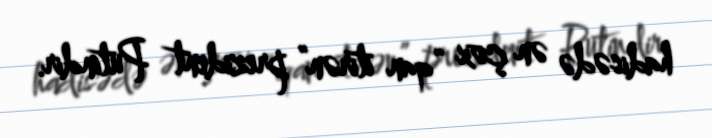
hadisədə ən çox “qan itirən” prezident Putindir.